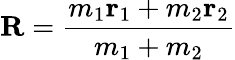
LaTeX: \mathbf{R}={\frac{m_{1}\mathbf{r}_{1}+m_{2}\mathbf{r}_{2}}{m_{1}+m_{2}}}